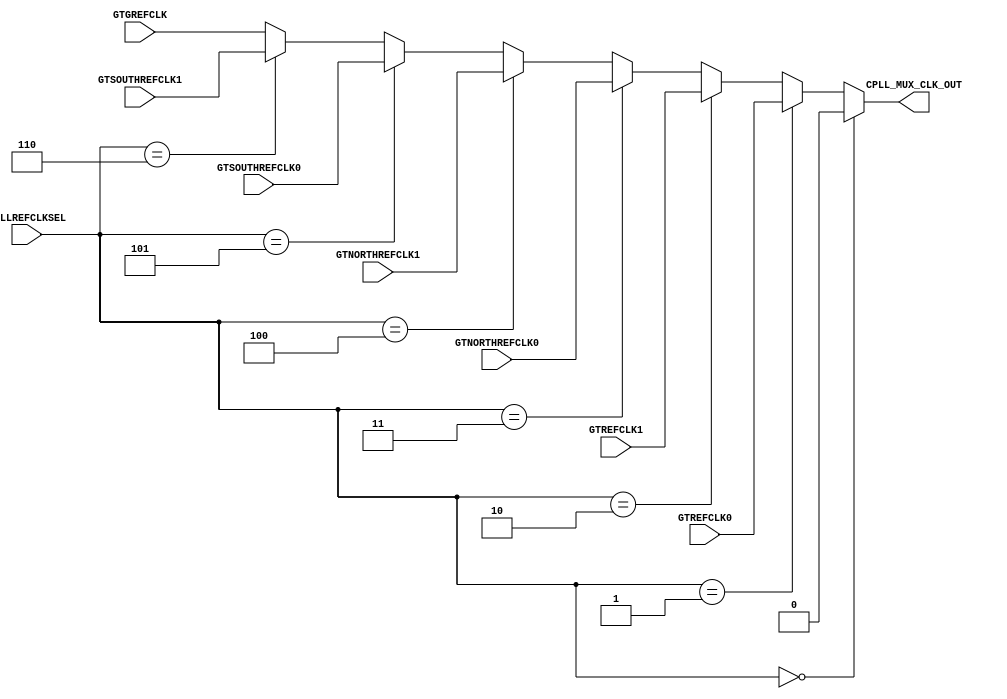
module gtxe2_chnl_cpll_inmux(
    input   wire    [2:0]   CPLLREFCLKSEL,
    input   wire            GTREFCLK0,
    input   wire            GTREFCLK1,
    input   wire            GTNORTHREFCLK0,
    input   wire            GTNORTHREFCLK1,
    input   wire            GTSOUTHREFCLK0,
    input   wire            GTSOUTHREFCLK1,
    input   wire            GTGREFCLK,
    output  wire            CPLL_MUX_CLK_OUT
);
assign CPLL_MUX_CLK_OUT = CPLLREFCLKSEL == 3'b000 ?     1'b0 
                        : CPLLREFCLKSEL == 3'b001 ?     GTREFCLK0
                        : CPLLREFCLKSEL == 3'b010 ?     GTREFCLK1
                        : CPLLREFCLKSEL == 3'b011 ?     GTNORTHREFCLK0
                        : CPLLREFCLKSEL == 3'b100 ?     GTNORTHREFCLK1
                        : CPLLREFCLKSEL == 3'b101 ?     GTSOUTHREFCLK0
                        : CPLLREFCLKSEL == 3'b110 ?     GTSOUTHREFCLK1
                        :  GTGREFCLK;
endmodule